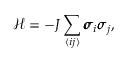
\mathcal { H } = - J \sum _ { \langle i j \rangle } \pmb { \sigma } _ { i } \pmb { \sigma } _ { j } ,